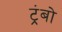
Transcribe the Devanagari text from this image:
ट्रंबो